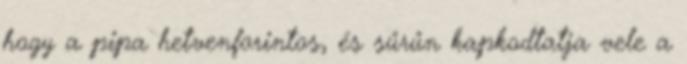
hogy a pipa hetvenforintos, és sűrűn kapkodtatja vele a